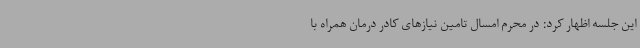
این جلسه اظهار کرد: در محرم امسال تامین نیازهای کادر درمان همراه با